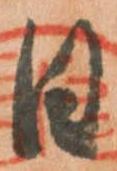
日